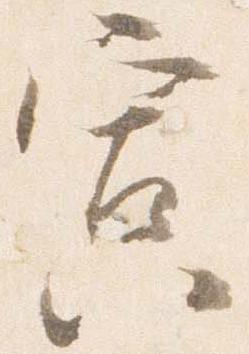
寅